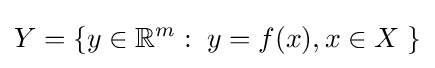
Y=\{y\in \mathbb {R} ^{m}:\;y=f(x),x\in X\;\}